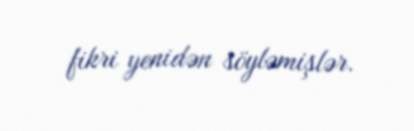
fikri yenidən söyləmişlər.